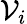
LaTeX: \mathcal{V}_{i}